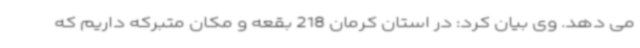
می دهد. وی بیان کرد: در استان کرمان 218 بقعه و مکان متبرکه داریم که